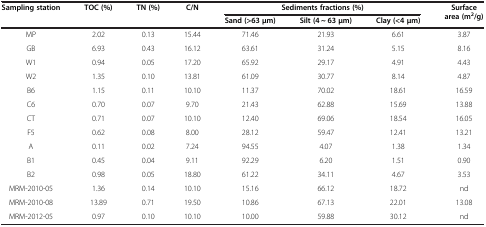
<table><thead><tr><td rowspan="2"><b>Sampling station</b></td><td rowspan="2"><b>TOC (%)</b></td><td rowspan="2"><b>TN (%)</b></td><td rowspan="2"><b>C/N</b></td><td colspan="3"><b>Sediments fractions (%)</b></td><td rowspan="2"><b>Surface area (m<sup>2</sup>/g)</b></td></tr><tr><td><b>Sand (&gt;63 μm)</b></td><td><b>Silt (4 ~ 63 μm)</b></td><td><b>Clay (&lt;4 μm)</b></td></tr></thead><tbody><tr><td>MP</td><td>2.02</td><td>0.13</td><td>15.44</td><td>71.46</td><td>21.93</td><td>6.61</td><td>3.87</td></tr><tr><td>GB</td><td>6.93</td><td>0.43</td><td>16.12</td><td>63.61</td><td>31.24</td><td>5.15</td><td>8.16</td></tr><tr><td>W1</td><td>0.94</td><td>0.05</td><td>17.20</td><td>65.92</td><td>29.17</td><td>4.91</td><td>4.43</td></tr><tr><td>W2</td><td>1.35</td><td>0.10</td><td>13.81</td><td>61.09</td><td>30.77</td><td>8.14</td><td>4.87</td></tr><tr><td>B6</td><td>1.15</td><td>0.11</td><td>10.10</td><td>11.37</td><td>70.02</td><td>18.61</td><td>16.59</td></tr><tr><td>C6</td><td>0.70</td><td>0.07</td><td>9.70</td><td>21.43</td><td>62.88</td><td>15.69</td><td>13.88</td></tr><tr><td>CT</td><td>0.71</td><td>0.07</td><td>10.10</td><td>12.40</td><td>69.06</td><td>18.54</td><td>16.05</td></tr><tr><td>F5</td><td>0.62</td><td>0.08</td><td>8.00</td><td>28.12</td><td>59.47</td><td>12.41</td><td>13.21</td></tr><tr><td>A</td><td>0.11</td><td>0.02</td><td>7.24</td><td>94.55</td><td>4.07</td><td>1.38</td><td>1.34</td></tr><tr><td>B1</td><td>0.45</td><td>0.04</td><td>9.11</td><td>92.29</td><td>6.20</td><td>1.51</td><td>0.90</td></tr><tr><td>B2</td><td>0.98</td><td>0.05</td><td>18.80</td><td>61.22</td><td>34.11</td><td>4.67</td><td>3.53</td></tr><tr><td>MRM-2010-05</td><td>1.36</td><td>0.14</td><td>10.10</td><td>15.16</td><td>66.12</td><td>18.72</td><td>nd</td></tr><tr><td>MRM-2010-08</td><td>13.89</td><td>0.71</td><td>19.50</td><td>10.86</td><td>67.13</td><td>22.01</td><td>13.08</td></tr><tr><td>MRM-2012-05</td><td>0.97</td><td>0.10</td><td>10.10</td><td>10.00</td><td>59.88</td><td>30.12</td><td>nd</td></tr></tbody></table>